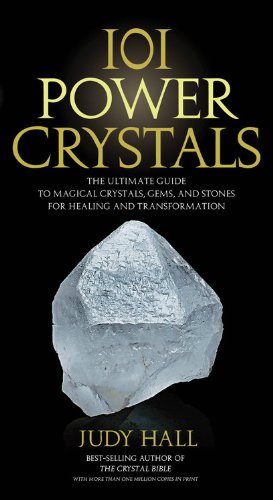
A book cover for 101 Power Crystals: The Ultimate Guide to Magical Crystals, Gems, and Stones for Healing and Transformation; Judy Hall; Religion & Spirituality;